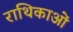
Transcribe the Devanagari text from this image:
राथिकाओं